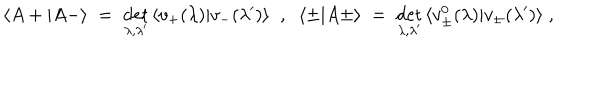
\langle A + | A - \rangle \; = \; \det _ { \lambda , \lambda ^ { \prime } } \, \langle v _ { + } ( \lambda ) | v _ { - } ( \lambda ^ { \prime } ) \rangle \; \; , \; \; \langle \pm | A \pm \rangle \; = \; \det _ { \lambda , \lambda ^ { \prime } } \, \langle v _ { \pm } ^ { 0 } ( \lambda ) | v _ { \pm } ( \lambda ^ { \prime } ) \rangle \; ,